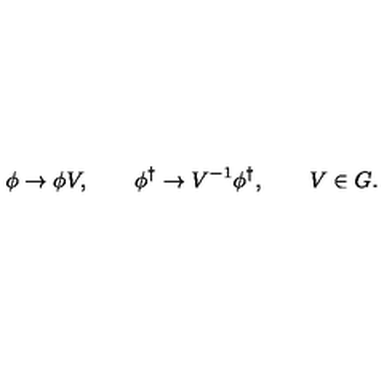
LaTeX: \phi \to \phi V , \qquad \phi ^ { \dag } \to V ^ { - 1 } \phi ^ { \dag } , \qquad V \in G .